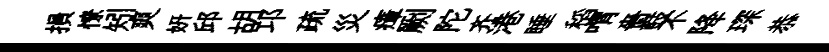
損憭矧爽妍邱胡邛疏災瘴劂陀齐港睡稻喟嗇鼓不降琛恭